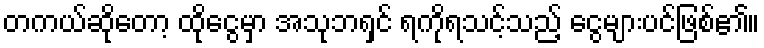
တကယ်ဆိုတော့ ထိုငွေမှာ အသုဘရှင် ရကိုရသင့်သည့် ငွေများပင်ဖြစ်၏။